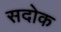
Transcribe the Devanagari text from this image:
सदोक